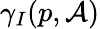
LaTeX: \gamma_{I}(p,{\mathcal{A}})